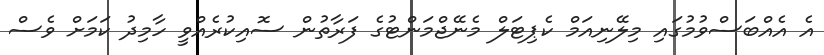
އެ އެއްބަސްވުމުގައި މިލޭނިއަމް ކެޕިޓަލް މެނޭޖްމަންޓުގެ ފަރާތުން ސޮއިކުރެއްވީ ހާމިދު ކަމަށް ވެސް